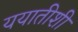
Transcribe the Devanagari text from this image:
ययातीशी